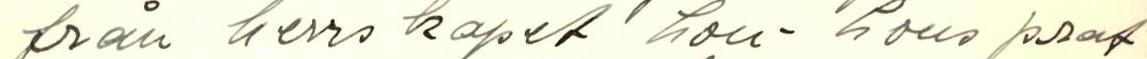
från herrs kapet hon-hons prat